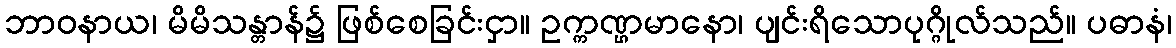
ဘာဝနာယ၊ မိမိသန္တာန်၌ ဖြစ်စေခြင်းငှာ။ ဥက္ကဏ္ဌမာနော၊ ပျင်းရိသောပုဂ္ဂိုလ်သည်။ ပဓာနံ၊